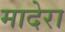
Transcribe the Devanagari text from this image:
मादेरा